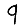
Digit: 9